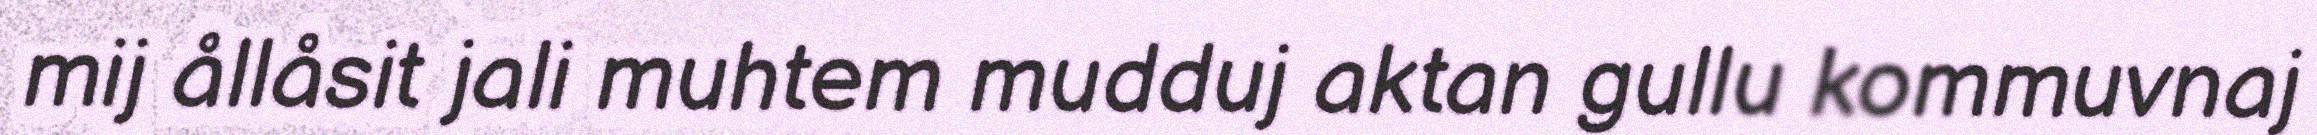
mij ållåsit jali muhtem mudduj aktan gullu kommuvnaj